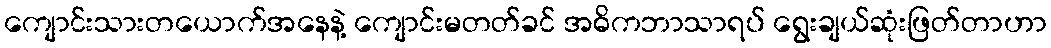
ကျောင်းသားတယောက်အနေနဲ့ ကျောင်းမတတ်ခင် အဓိကဘာသာရပ် ရွေးချယ်ဆုံးဖြတ်တာဟာ